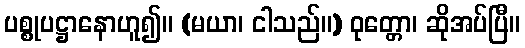
ပစ္စုပဋ္ဌာနောဟူ၍။ (မယာ၊ ငါသည်။) ဝုတ္တော၊ ဆိုအပ်ပြီ။